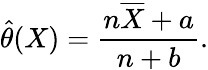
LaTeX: {\widehat{\theta}}(X)={\frac{n{\overline{{X}}}+a}{n+b}}.